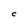
Character: c